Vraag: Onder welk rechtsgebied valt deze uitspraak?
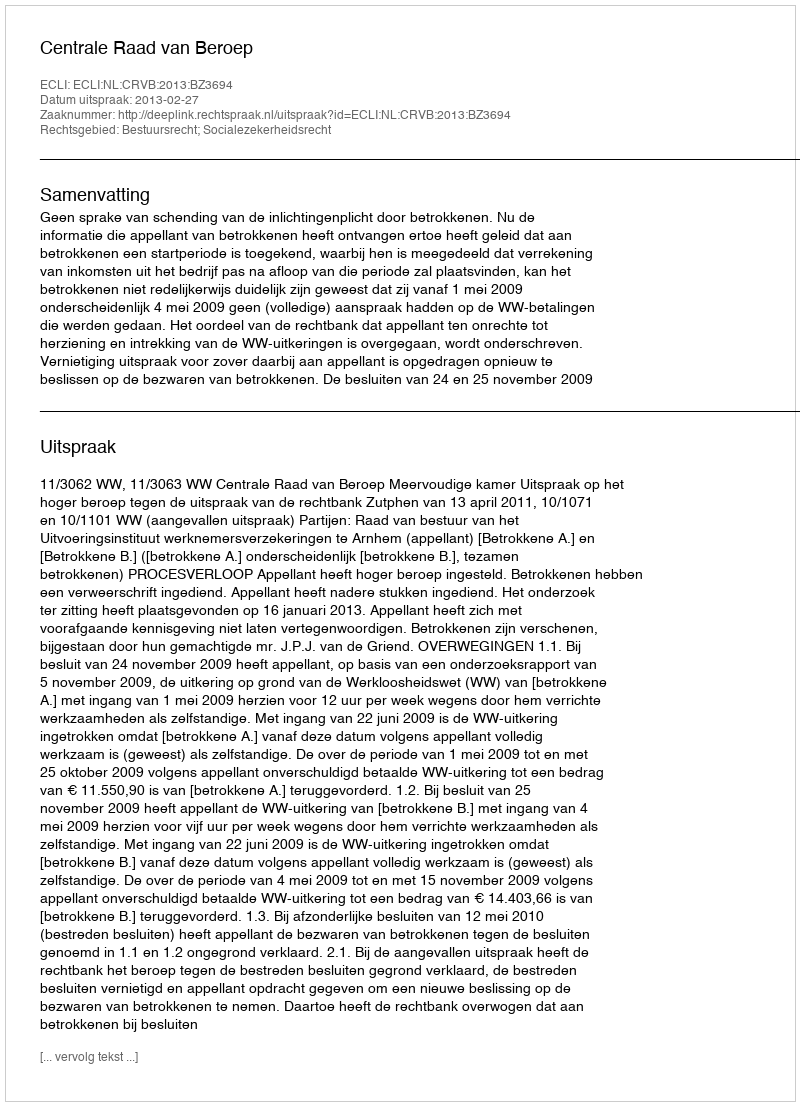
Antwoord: Bestuursrecht; Socialezekerheidsrecht